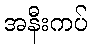
အနီးကပ်